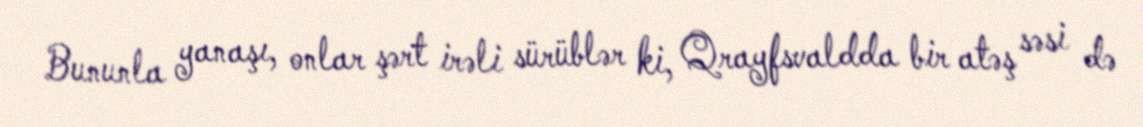
Bununla yanaşı, onlar şərt irəli sürüblər ki, Qrayfsvaldda bir atəş səsi də